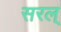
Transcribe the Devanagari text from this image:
सरल्